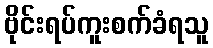
ဗိုင်းရပ်ကူးစက်ခံရသူ